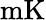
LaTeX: \mathrm{mK}